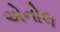
એનોલ